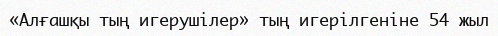
«Алғашқы тың игерушілер» тың игерілгеніне 54 жыл